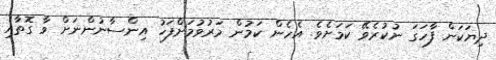
ދިޔަކަން ފާހަގަ ނުކުރެވޭ ކަމަށެވެ. އެހެން ކަމުން މަރުވުމަށްފަހު އިންސާނުންނަށް ވާ ގޮތާއި